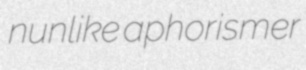
nunlike aphorismer